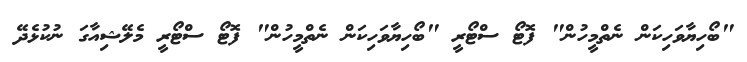
"ބޯހިޔާވަހިކަން ނެތްމީހުން" ފޮޓޯ ސްޓޯރީ "ބޯހިޔާވަހިކަން ނެތްމީހުން" ފޮޓޯ ސްޓޯރީ މެލޭޝިއާގަ ނުކުޅެދޭ